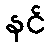
နင်